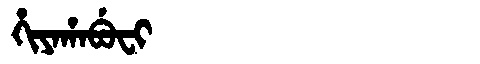
Manchu: ᡥᡳᠶᠠᡥᠠᠪᡠᠸᡳ
Romanization: HIYAHABUFI